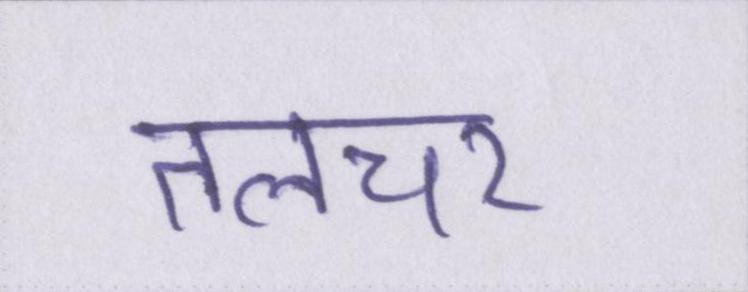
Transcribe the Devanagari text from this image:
तलचर